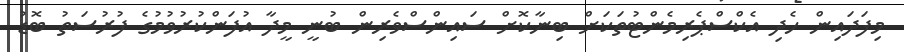
މިފަދައިން ހެދި އެކްސްޕެރިމެންޓުތަކަށް ބިނާކޮށް ސައިންސްވެރިން ބުނީ މީދާ އުފަންކުރުވުމުގެ ފުރުސަތު ބޮޑު